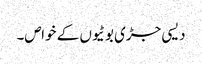
دیسی جڑی بوٹیوں کے خواص۔